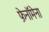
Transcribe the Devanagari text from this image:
फ़ेनॉमेना